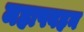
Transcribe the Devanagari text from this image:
महापवहन